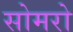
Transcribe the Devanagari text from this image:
सोमरो